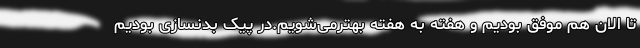
تا الان هم موفق بودیم و هفته به هفته بهترمی‌شویم.در پیک بدنسازی بودیم